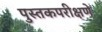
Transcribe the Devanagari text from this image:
पुस्तकपरीक्षणे